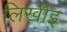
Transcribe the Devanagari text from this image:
लिखीइ